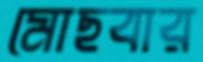
মোছবার